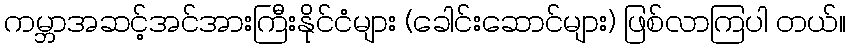
ကမ္ဘာအဆင့်အင်အားကြီးနိုင်ငံများ (ခေါင်းဆောင်များ) ဖြစ်လာကြပါ တယ်။